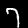
Digit: 7